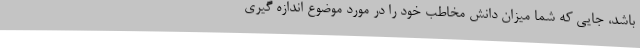
باشد، جایی که شما میزان دانش مخاطب خود را در مورد موضوع اندازه گیری